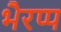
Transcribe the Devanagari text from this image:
भैरप्प